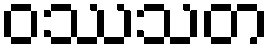
ဝဿသတ